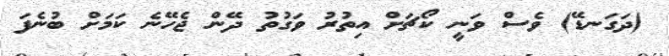
(ދަގަނޑޭ) ވެސް ވަނީ ކޯޗަށް އިތުރު ވަގުތު ދޭން ޖެހޭނެ ކަމަށް ބުނެފަ